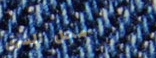
محل الشرق